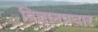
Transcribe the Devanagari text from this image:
विज्ञानप्रचार